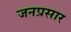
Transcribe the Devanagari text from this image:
जनप्रसार